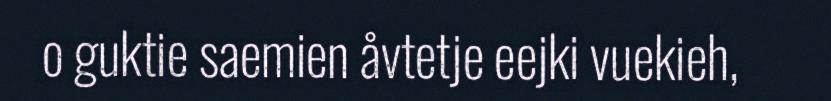
o guktie saemien åvtetje eejki vuekieh,